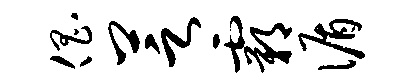
倡芝霸循